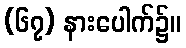
(၆၇) နားပေါက်၌။